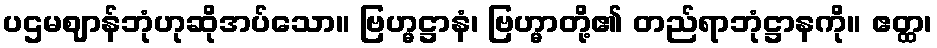
ပဌမဈာန်ဘုံဟုဆိုအပ်သော။ ဗြဟ္မဋ္ဌာနံ၊ ဗြဟ္မာတို့၏ တည်ရာဘုံဋ္ဌာနကို။ ဧတ္ထ၊